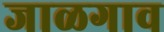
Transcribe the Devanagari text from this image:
जाळगाव